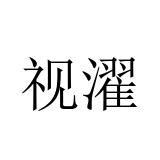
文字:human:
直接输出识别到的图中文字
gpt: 视濯